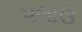
પલાઉ